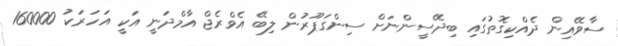
ސާވޭއިން ދެއްކިގޮތުގައި ބިދޭސީންނަށް ސިންގަޕޫރުން ލިބޭ އެވްރެޖް އާމްދަނީ އަކީ އަހަރަކު 160000